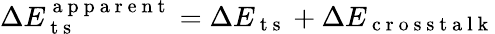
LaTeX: \Delta E_{\mathrm{~t~s~}}^{\mathrm{~a~p~p~a~r~e~n~t~}}=\Delta E_{\mathrm{~t~s~}}+\Delta E_{\mathrm{~c~r~o~s~s~t~a~l~k~}}